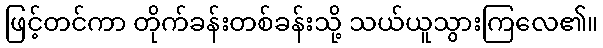
ဖြင့်တင်ကာ တိုက်ခန်းတစ်ခန်းသို့ သယ်ယူသွားကြလေ၏။